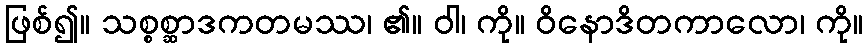
ဖြစ်၍။ သစ္စစ္ဆာဒကတမဿ၊ ၏။ ဝါ၊ ကို။ ဝိနောဒိတကာလော၊ ကို။